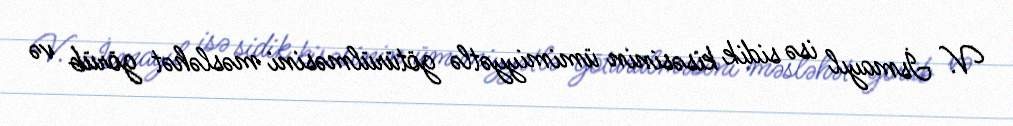
V. İsmayıl isə sidik kisəsinin ümimiyyətlə götürülməsini məsləhət görüb və